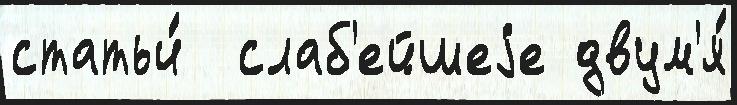
статьи́  слаб'ейшеjе двум'я́